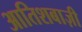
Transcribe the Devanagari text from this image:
आतिशबाज़ीे